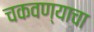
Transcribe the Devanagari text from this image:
चकवण्याचा